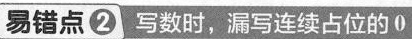
易错点 ② 写数时，漏写连续占位的 0